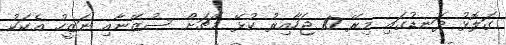
ގަލޮޅު ދަނޑުގައި މިރޭ 10 ޖަހާއިރު ކުޅޭ މެޗަށް ސުޒޭނާއި ނަޒީހު އެކަކު